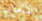
اللانهائية